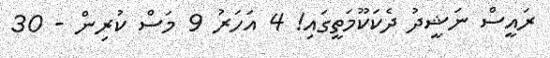
ރައީސް ނަޝީދު ދެކަކޫމަތީގައި! 4 އަހަރު 9 މަސް ކުރިން - 30